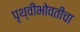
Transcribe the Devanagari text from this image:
पृथ्वीभोवतीचा